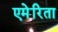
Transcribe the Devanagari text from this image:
एमेरिता